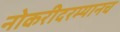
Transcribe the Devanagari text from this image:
नोकरीदरम्यानच